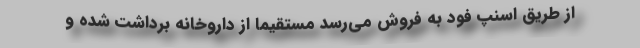
از طریق اسنپ فود به فروش می‌رسد مستقیماً از داروخانه برداشت شده و